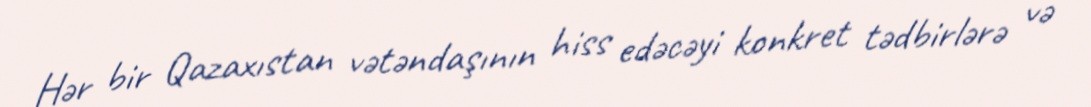
Hər bir Qazaxıstan vətəndaşının hiss edəcəyi konkret tədbirlərə və